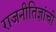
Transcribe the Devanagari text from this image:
राजनीतिज्ञांची